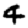
Digit: 4